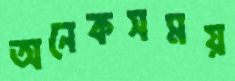
অনেকসময়